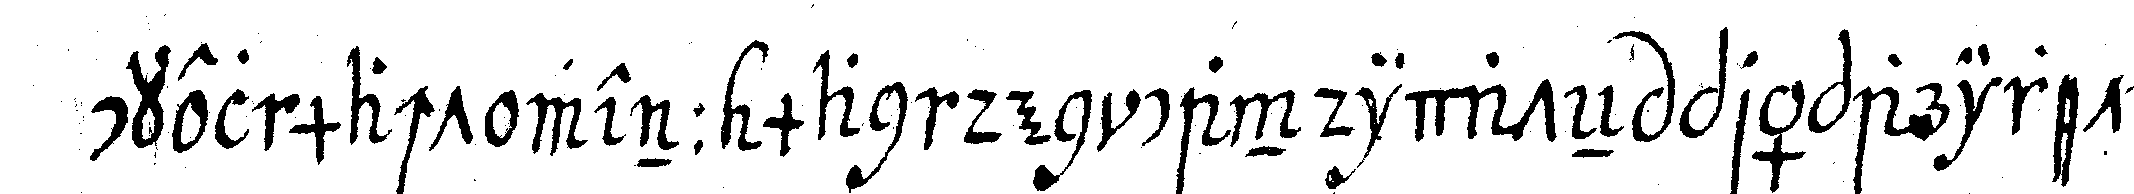
ckel macht wenn man den candidateN präpariret